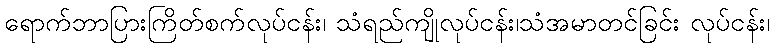
ရောက်ဘာပြားကြိတ်စက်လုပ်ငန်း၊ သံရည်ကျိုလုပ်ငန်း၊သံအမာတင်ခြင်း လုပ်ငန်း၊